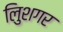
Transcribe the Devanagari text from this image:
लुिशगर